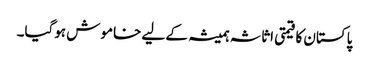
پاکستان کا قیمتی اثاثہ ہمیشہ کے لیے خاموش ہوگیا۔